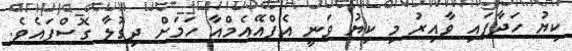
ކިޔު ހަދާފައި ވާއިރު މި ކިޔު ވަނީ އެފްއޭއެމްއާ ހަމަށް ދިގުލާ ގޮސްފައެވެ.